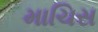
માચિસ